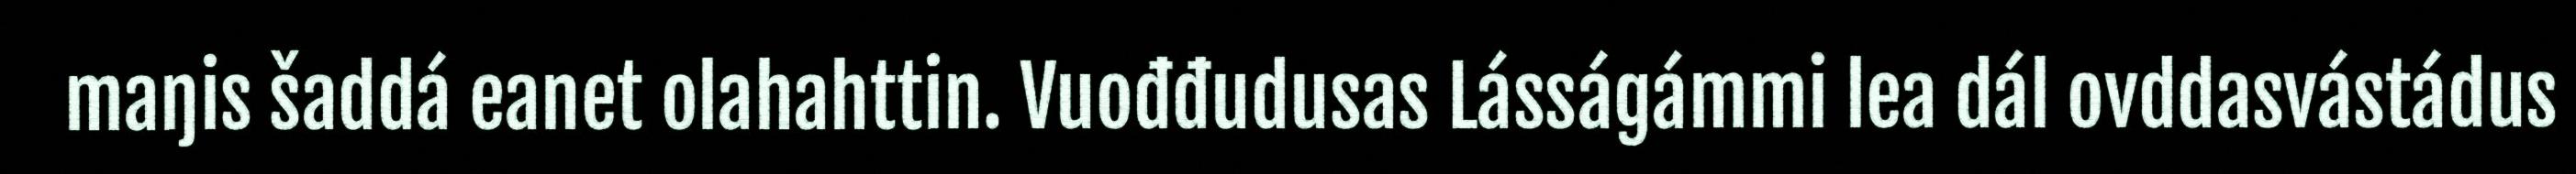
maŋis šaddá eanet olahahttin. Vuođđudusas Lásságámmi lea dál ovddasvástádus